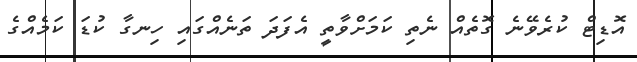
އޮޑިޓް ކުރެވޭނެ ގޮތެއް ނެތި ކަމަށްވާތީ އެފަދަ ތަނެއްގައި ހިނގާ ކުޑަ ކަމެއްގެ